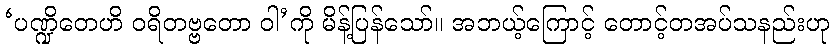
‘ပဏ္ဍိတေဟိ ဝရိတဗ္ဗတော ဝါ’ကို မိန့်ပြန်သော်။ အဘယ့်ကြောင့် တောင့်တအပ်သနည်းဟု